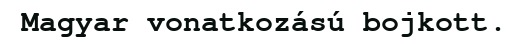
Magyar vonatkozású bojkott.